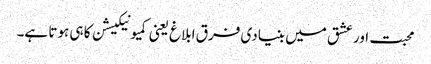
محبت اور عشق میں بنیادی فرق ابلاغ یعنی کمیونیکیشن کا ہی ہوتا ہے۔